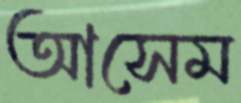
আসেম